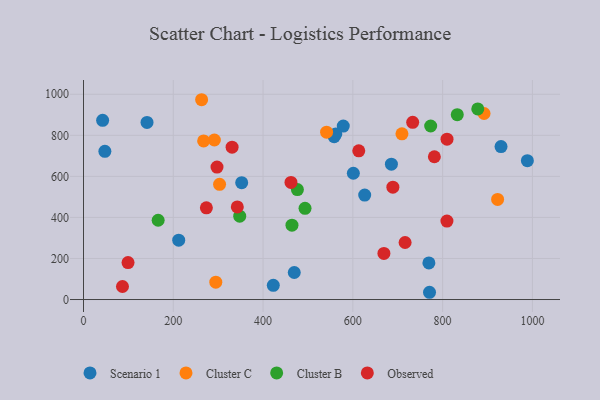
{"axis": {"x": "Price", "y": "Salary"}, "legend": ["Cluster B", "Cluster C", "Observed", "Scenario 1"], "data": [{"x": "930.1", "y": 745.1, "type": "Scenario 1"}, {"x": "770.8", "y": 35.3, "type": "Scenario 1"}, {"x": "769.4", "y": 178.2, "type": "Scenario 1"}, {"x": "42.6", "y": 873.1, "type": "Scenario 1"}, {"x": "352.4", "y": 569.1, "type": "Scenario 1"}, {"x": "212.1", "y": 289.2, "type": "Scenario 1"}, {"x": "601.1", "y": 615.1, "type": "Scenario 1"}, {"x": "685.9", "y": 659.4, "type": "Scenario 1"}, {"x": "988.8", "y": 676.5, "type": "Scenario 1"}, {"x": "141.5", "y": 862.9, "type": "Scenario 1"}, {"x": "578.7", "y": 844.8, "type": "Scenario 1"}, {"x": "558.4", "y": 793.1, "type": "Scenario 1"}, {"x": "469.5", "y": 131.7, "type": "Scenario 1"}, {"x": "562.1", "y": 806.8, "type": "Scenario 1"}, {"x": "47.6", "y": 721.8, "type": "Scenario 1"}, {"x": "422.8", "y": 69.0, "type": "Scenario 1"}, {"x": "626.4", "y": 508.8, "type": "Scenario 1"}, {"x": "294.7", "y": 84.7, "type": "Cluster C"}, {"x": "892.3", "y": 906.3, "type": "Cluster C"}, {"x": "291.5", "y": 777.3, "type": "Cluster C"}, {"x": "541.5", "y": 815.4, "type": "Cluster C"}, {"x": "267.6", "y": 772.5, "type": "Cluster C"}, {"x": "709.4", "y": 807.4, "type": "Cluster C"}, {"x": "263.1", "y": 973.4, "type": "Cluster C"}, {"x": "922.5", "y": 487.6, "type": "Cluster C"}, {"x": "303.1", "y": 561.2, "type": "Cluster C"}, {"x": "348.0", "y": 405.9, "type": "Cluster B"}, {"x": "832.6", "y": 900.5, "type": "Cluster B"}, {"x": "476.5", "y": 535.8, "type": "Cluster B"}, {"x": "878.3", "y": 928.6, "type": "Cluster B"}, {"x": "493.5", "y": 444.4, "type": "Cluster B"}, {"x": "773.4", "y": 845.4, "type": "Cluster B"}, {"x": "166.3", "y": 386.3, "type": "Cluster B"}, {"x": "464.4", "y": 362.0, "type": "Cluster B"}, {"x": "86.8", "y": 63.5, "type": "Observed"}, {"x": "342.6", "y": 451.3, "type": "Observed"}, {"x": "462.2", "y": 570.6, "type": "Observed"}, {"x": "273.7", "y": 446.6, "type": "Observed"}, {"x": "781.6", "y": 695.5, "type": "Observed"}, {"x": "613.2", "y": 724.4, "type": "Observed"}, {"x": "297.4", "y": 645.2, "type": "Observed"}, {"x": "331.0", "y": 742.1, "type": "Observed"}, {"x": "716.4", "y": 277.7, "type": "Observed"}, {"x": "99.2", "y": 180.0, "type": "Observed"}, {"x": "733.3", "y": 863.2, "type": "Observed"}, {"x": "689.2", "y": 547.3, "type": "Observed"}, {"x": "809.8", "y": 781.2, "type": "Observed"}, {"x": "809.6", "y": 382.1, "type": "Observed"}, {"x": "669.2", "y": 224.6, "type": "Observed"}]}